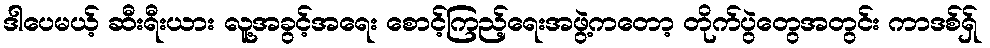
ဒါပေမယ့် ဆီးရီးယား လူ့အခွင့်အရေး စောင့်ကြည့်ရေးအဖွဲ့ကတော့ တိုက်ပွဲတွေအတွင်း ကာဒစ်ရှ်